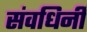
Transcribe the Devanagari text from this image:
संवधिर्नी